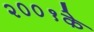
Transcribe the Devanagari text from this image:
२००१के